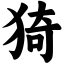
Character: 猗